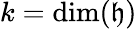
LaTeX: k=\dim({\mathfrak{h}})